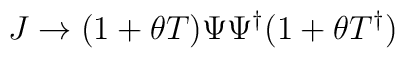
J\rightarrow(1+\theta T)\Psi\Psi^{\dagger}(1+\theta T^{\dagger})